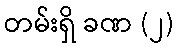
တမ်းရှိ ခဏ (၂)